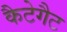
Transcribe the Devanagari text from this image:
कैटेगैट